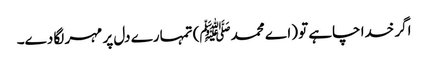
اگر خدا چاہے تو (اے محمدﷺ) تمہارے دل پر مہر لگا دے۔